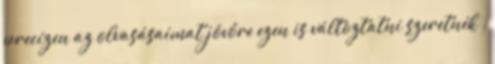
precízen az olvasásaimat jövőre ezen is változtatni szeretnék ,